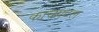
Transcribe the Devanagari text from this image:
काचपटल